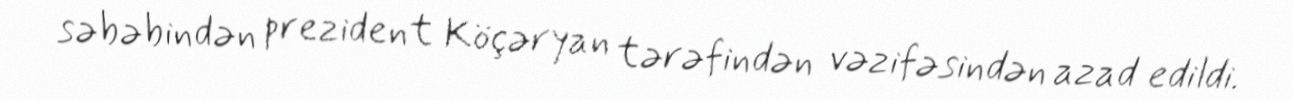
səbəbindən prezident Köçəryan tərəfindən vəzifəsindən azad edildi.